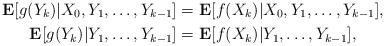
LaTeX: \begin{align*}\mathbf{E}[g(Y_k)|X_0,Y_1,\ldots,Y_{k-1}]&=\mathbf{E}[f(X_k)|X_0,Y_1,\ldots,Y_{k-1}],\\\mathbf{E}[g(Y_k)|Y_1,\ldots,Y_{k-1}]&=\mathbf{E}[f(X_k)|Y_1,\ldots,Y_{k-1}],\end{align*}